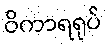
ဝိကာရရုပ်